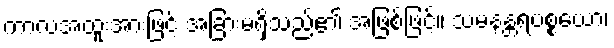
ကာလအထူးအားဖြင့် အခြားမရှိသည်၏ အဖြစ်ဖြင့်။ သမနန္တရပစ္စယော၊